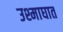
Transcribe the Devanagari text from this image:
उश्माघात